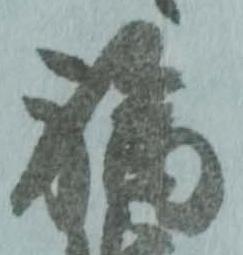
福